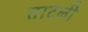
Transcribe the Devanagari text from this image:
ताटली